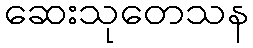
ဆေးသုတေသန